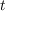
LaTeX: { \mathbf { } } t